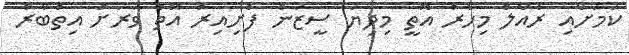
ކަމަށާއި ރެއާލް މިހާރު އޮތީ މިދިޔަ ސީޒަން ފެށިއިރު އޮތް ވަރަށް އިތުބާރާ